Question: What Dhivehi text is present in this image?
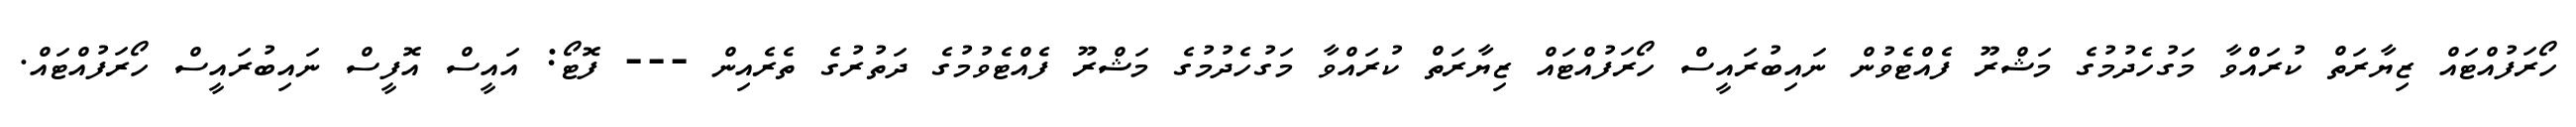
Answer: ހޯރަފުއްޓައް ޒިޔާރަތް ކުރައްވާ މަގުހެދުމުގެ މަޝްރޫ ފެއްޓެވުން ނައިބުރައީސް ހޯރަފުއްޓައް ޒިޔާރަތް ކުރައްވާ މަގުހެދުމުގެ މަޝްރޫ ފެއްޓެވުމުގެ ދަތުރުގެ ތެރެއިން --- ފޮޓޯ: އައީސް އޮފީސް ނައިބުރައީސް ހޯރަފުއްޓައް.